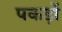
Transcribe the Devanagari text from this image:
पकड़ों